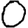
Digit: 0